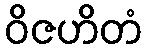
ဝိဇဟိတံ